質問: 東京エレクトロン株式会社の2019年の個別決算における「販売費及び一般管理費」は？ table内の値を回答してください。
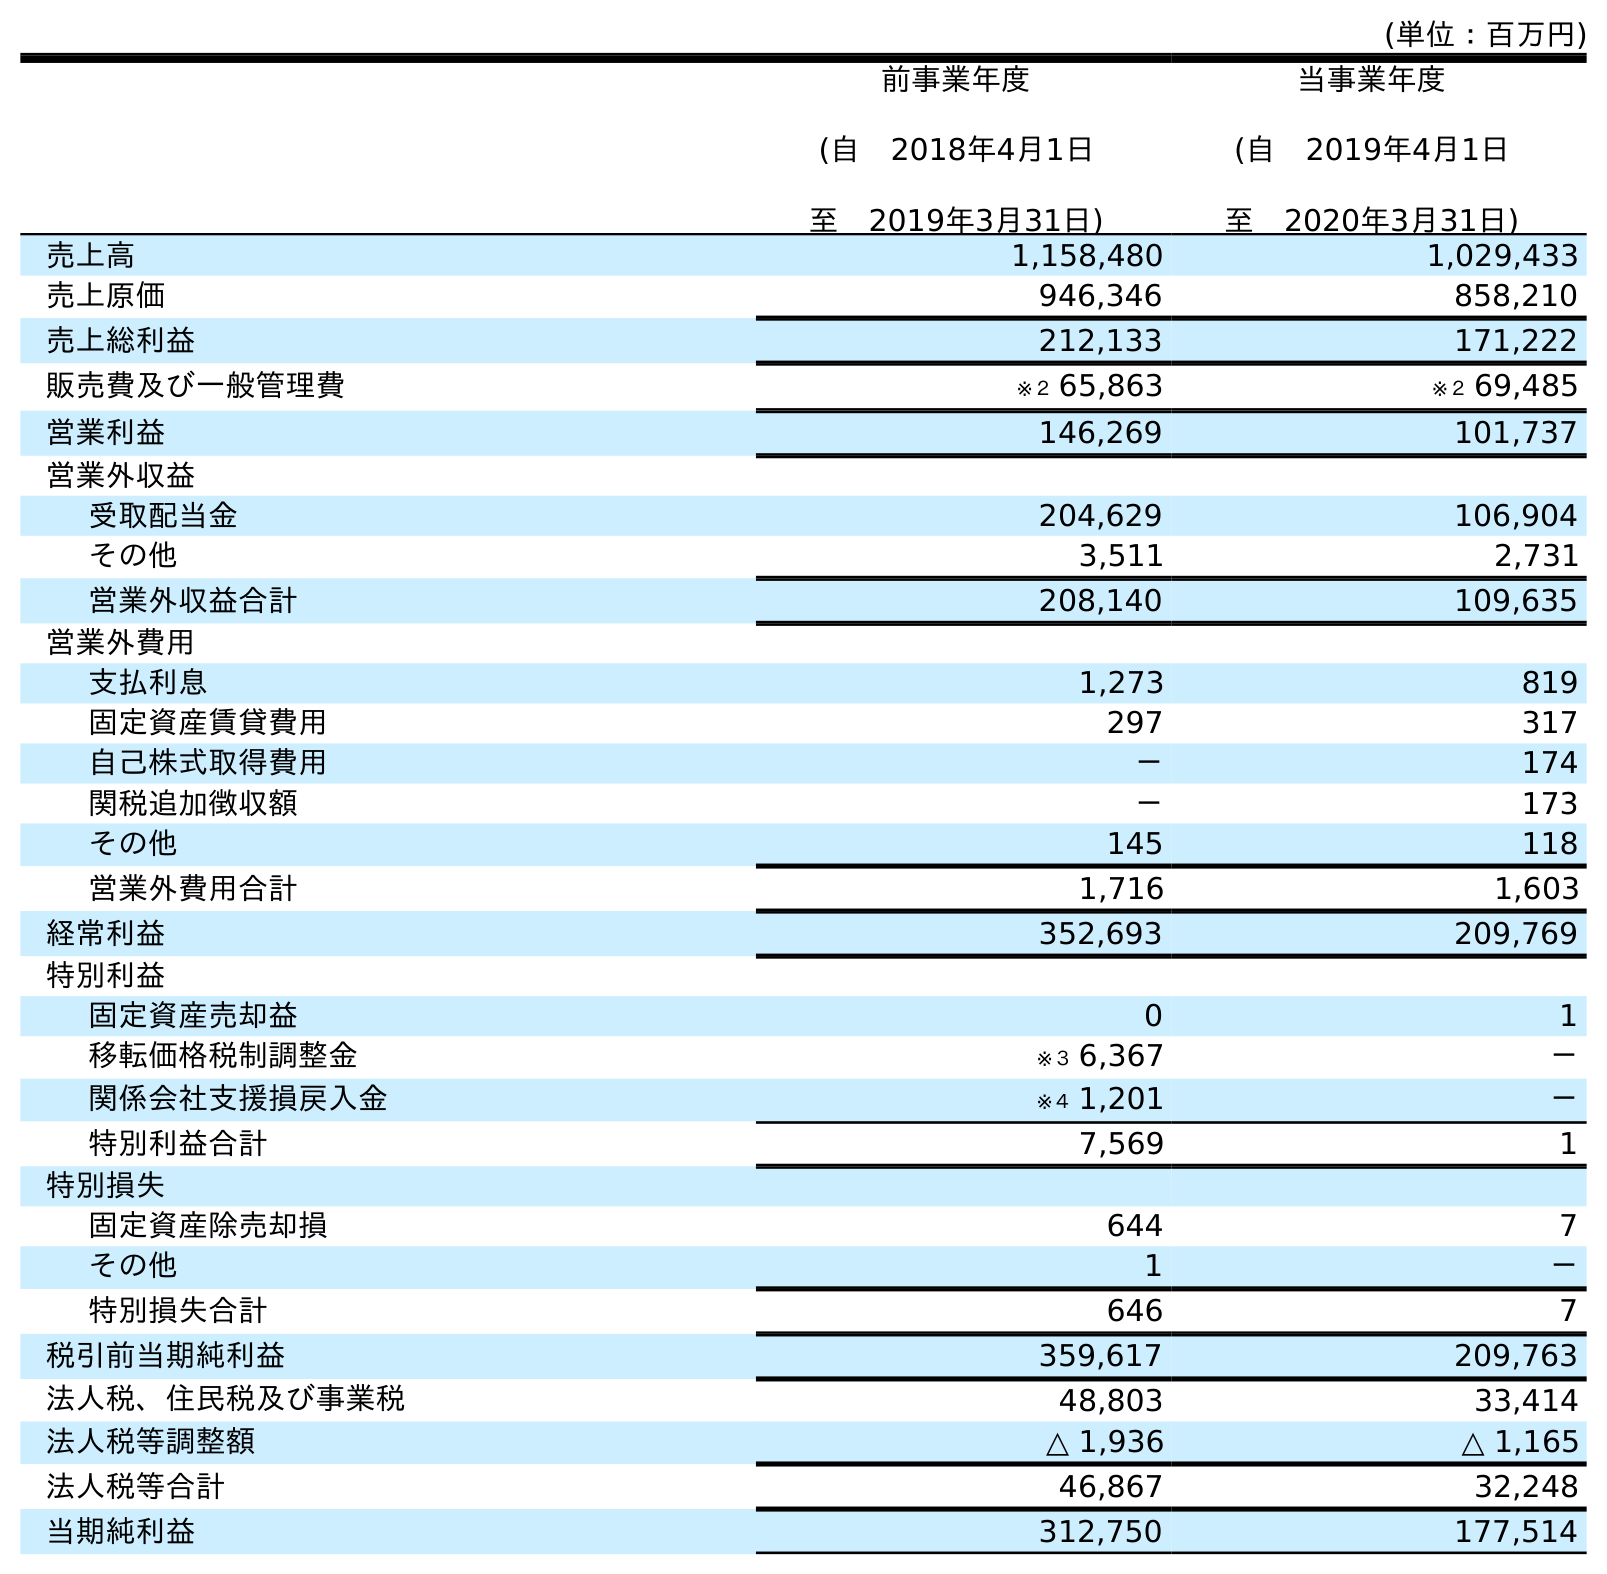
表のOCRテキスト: (単位：百万円) 前事業年度 (自 2018年4月1日 至 2019年3月31日) 当事業年度 (自 2019年4月1日 至 2020年3月31日) 売上高 1,158,480 1,029,433 売上原価 946,346 858,210 売上総利益 212,133 171,222 販売費及び一般管理費 ※２ 65,863 ※２ 69,485 営業利益 146,269 101,737 営業外収益 受取配当金 204,629 106,904 その他 3,511 2,731 営業外収益合計 208,140 109,635 営業外費用 支払利息 1,273 819 固定資産賃貸費用 297 317 自己株式取得費用 － 174 関税追加徴収額 － 173 その他 145 118 営業外費用合計 1,716 1,603 経常利益 352,693 209,769 特別利益 固定資産売却益 0 1 移転価格税制調整金 ※３ 6,367 － 関係会社支援損戻入金 ※４ 1,201 － 特別利益合計 7,569 1 特別損失 固定資産除売却損 644 7 その他 1 － 特別損失合計 646 7 税引前当期純利益 359,617 209,763 法人税、住民税及び事業税 48,803 33,414 法人税等調整額 △ 1,936 △ 1,165 法人税等合計 46,867 32,248 当期純利益 312,750 177,514
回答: ※２65,863